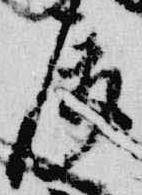
属